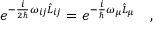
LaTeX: e ^ { - \frac { i } { 2 \hbar } \omega _ { i j } \hat { L } _ { i j } } = e ^ { - \frac { i } { \hbar } \omega _ { \mu } \hat { L } _ { \mu } } \ \ \ ,